Civil Veterinary Dept. Assam report 1927-50 - 1927-1950
Year: 1927
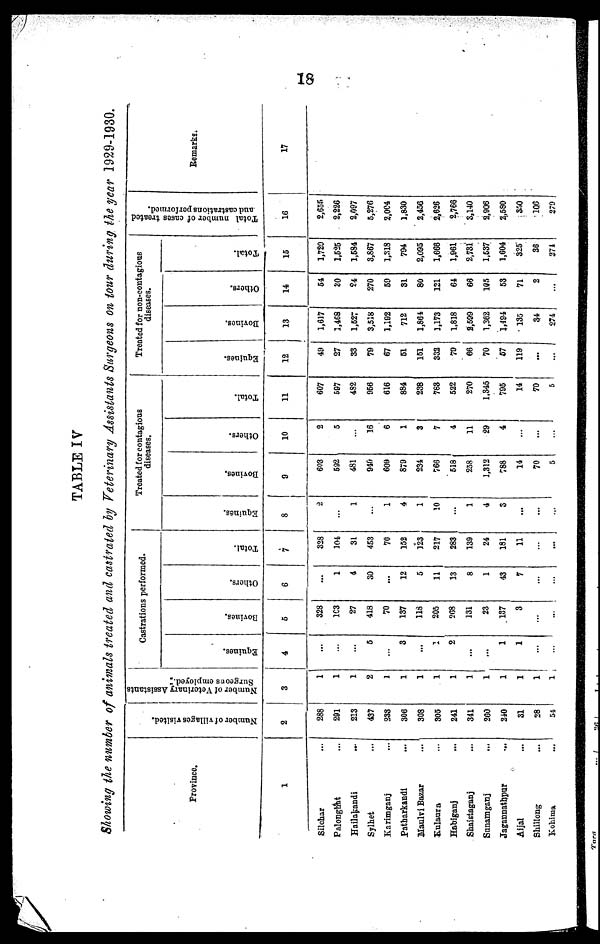
18
TABLE IV
Showing the number of animals treated and castrated by Veterinary Assistants Surgeons on tour during the year 1929-1930.
Province.
1
Silchar ...
Palonghat ...
Hailakandi
...
Sylhet ...
Karimganj ...
Patharkandi ...
Maulvi Bazar ...
Kulaura ...
Habiganj ...
Shaistaganj ...
Sanamganj
...
Jagannathpur ...
Aijal ...
Shillong ...
Kohima
...
Number of villages visited.
2
288
291
213
437
233
306
308
305
241
341
260
240
31
28
54
Number of Veterinary Assistants
Surgeons employed.
3
1
1
1
2
1
1
1
1
1
1
1
1
1
1
1
Castrations performed.
Equines.
4
...
...
...
5
...
3
...
1
2
...
...
1
1
...
...
Bovines.
5
328
103
27
418
70
137
118
205
208
131
23
187
3
...
...
Others.
6
...
1
4
30
...
12
5
11
13
8
1
43
7
...
...
Total.
7
328
104
31
453
70
152
123
217
283
139
24
181
11
...
...
Treated for contagions
diseases.
Equines.
8
2
...
1
...
1
4
1
10
...
1
4
3
...
...
...
Bovines.
9
603
592
481
940
609
879
234
766
518
258
1,312
788
14
70
5
Others.
10
2
5
...
16
6
1
3
7
4
11
29
4
...
...
...
Total.
11
607
697
482
956
616
884
238
783
522
270
1,345
795
14
70
5
Treated for non-contagious
diseases.
Equines.
12
49
27
33
79
67
51
151
332
79
66
70
57
119
...
...
Bovines.
13
1,617
1,468
1,527
3,518
1,192
712
1,864
1,173
1,818
8,599
1,362
1,494
135
34
274
Others.
14
54
30
24
270
59
31
80
121
64
66
195
53
71
2
...
Total.
15
1,720
1,525
1,584
3,867
1,318
704
2,095
1,666
1,961
2,731
1,537
1,604
325
36
274
Total number of cases treated
and castrations porformed.
16
2,655
2,226
2,097
5,276
2,004
1,830
2,456
2,626
2,766
3,140
3,906
2,580
360
106
270
Remarks.
17